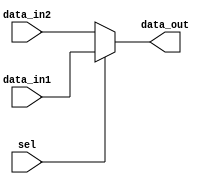
`timescale 1ns / 1ps
//////////////////////////////////////////////////////////////////////////////////
// Company: 
// Engineer: 
// 
// Design Name: 
// Module Name: mux_2x1_5bit
// Project Name: 
// Target Devices: 
// Tool Versions: 
// Description: 
// 
// Dependencies: 
// 
// Revision:
// Revision 0.01 - File Created
// Additional Comments:
// 
//////////////////////////////////////////////////////////////////////////////////


module mux_2x1_5bit(data_out,data_in1,data_in2,sel);
input [4:0]data_in1,data_in2;
output [4:0]data_out;
input sel;
assign data_out=sel?data_in1:data_in2;
endmodule